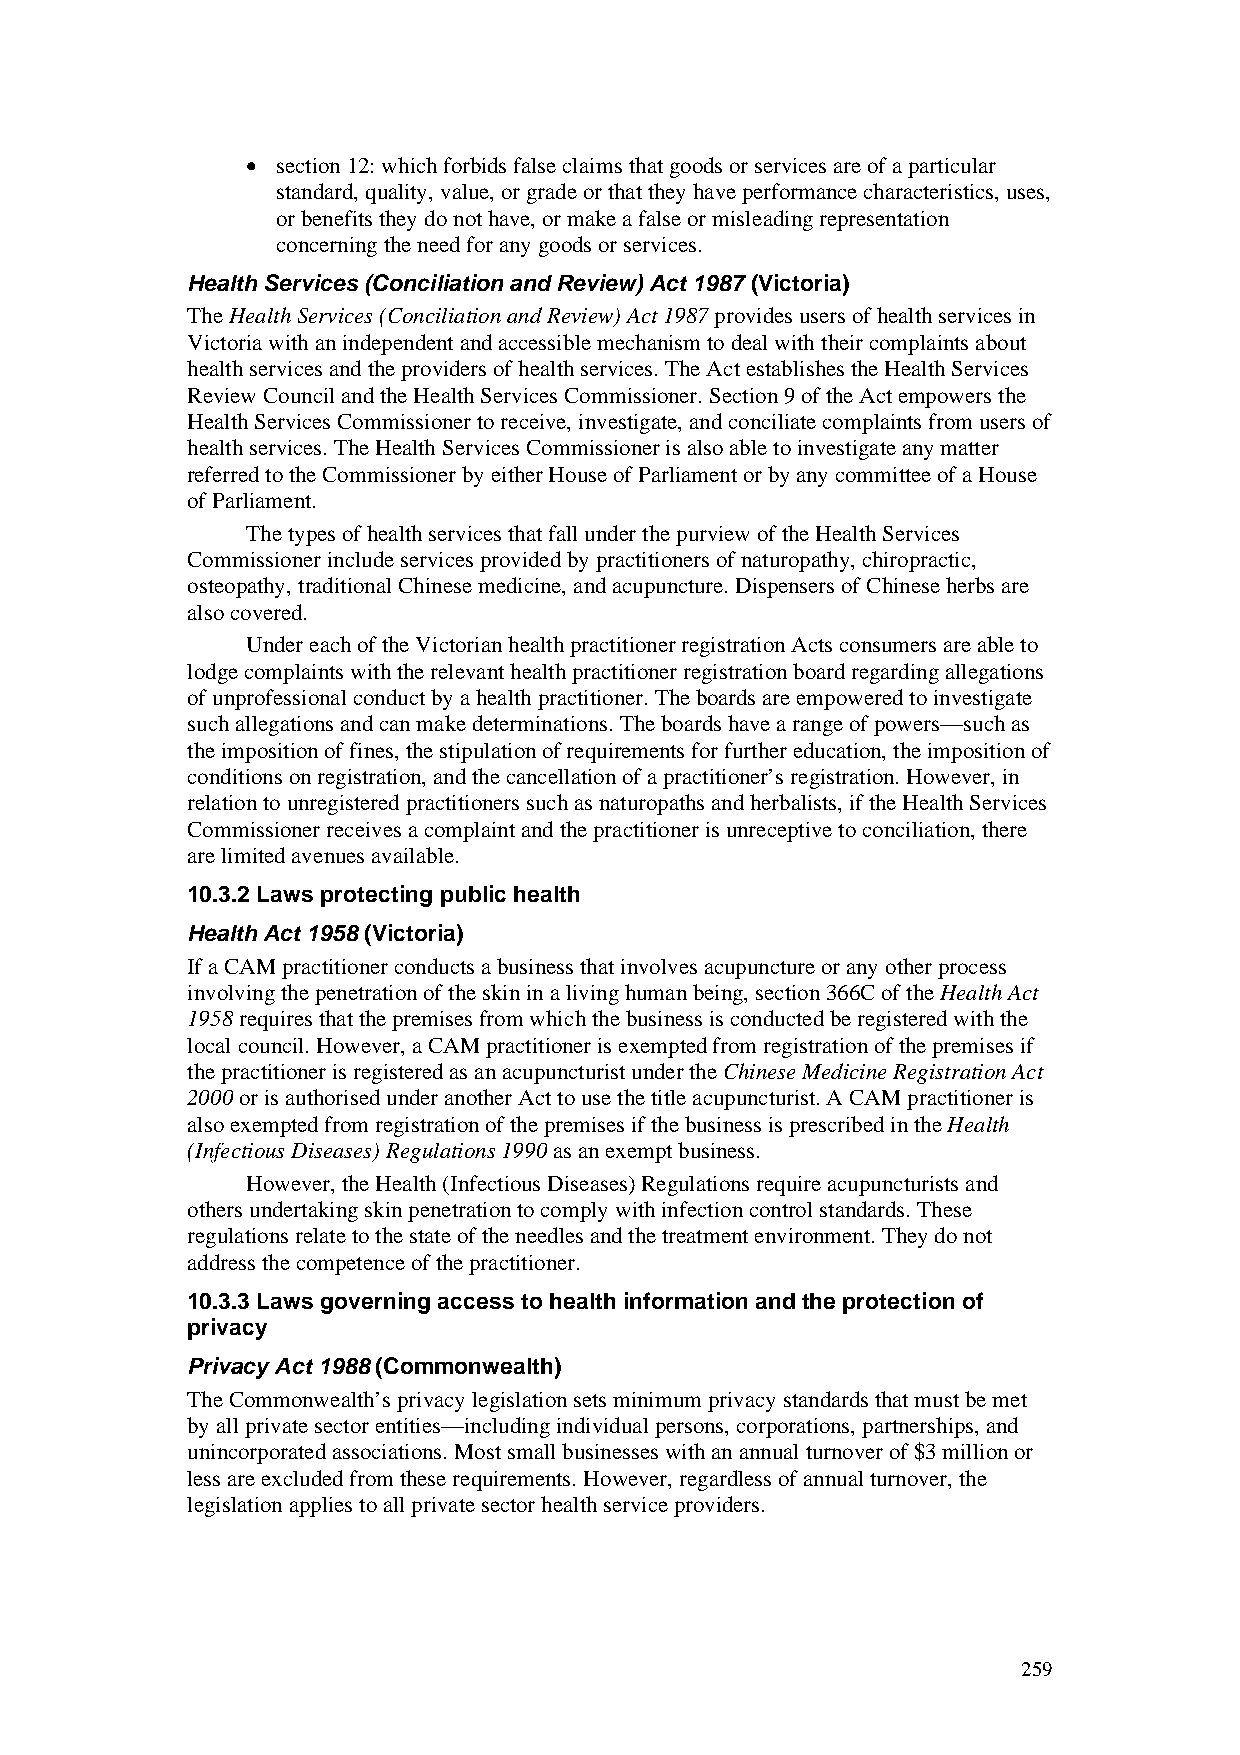
• section 12: which forbids false claims that goods or services are of a particular
 standard, quality, value, or grade or that they have performance characteristics, uses,
 or benefits they do not have, or make a false or misleading representation
 concerning the need for any goods or services.
 Health Services (Conciliation and Review) Act 1987 (Victoria)
 The Health Services (Conciliation and Review) Act 1987 provides users of health services in
 Victoria with an independent and accessible mechanism to deal with their complaints about
 health services and the providers of health services. The Act establishes the Health Services
 Review Council and the Health Services Commissioner. Section 9 of the Act empowers the
 Health Services Commissioner to receive, investigate, and conciliate complaints from users of
 health services. The Health Services Commissioner is also able to investigate any matter
 referred to the Commissioner by either House of Parliament or by any committee of a House
 of Parliament.
 The types of health services that fall under the purview of the Health Services
 Commissioner include services provided by practitioners of naturopathy, chiropractic,
 osteopathy, traditional Chinese medicine, and acupuncture. Dispensers of Chinese herbs are
 also covered.
 Under each of the Victorian health practitioner registration Acts consumers are able to
 lodge complaints with the relevant health practitioner registration board regarding allegations
 of unprofessional conduct by a health practitioner. The boards are empowered to investigate
 such allegations and can make determinations. The boards have a range of powers—such as
 the imposition of fines, the stipulation of requirements for further education, the imposition of
 conditions on registration, and the cancellation of a practitioner’s registration. However, in
 relation to unregistered practitioners such as naturopaths and herbalists, if the Health Services
 Commissioner receives a complaint and the practitioner is unreceptive to conciliation, there
 are limited avenues available.
 10.3.2 Laws protecting public health
 Health Act 1958 (Victoria)
 If a CAM practitioner conducts a business that involves acupuncture or any other process
 involving the penetration of the skin in a living human being, section 366C of the Health Act
 1958 requires that the premises from which the business is conducted be registered with the
 local council. However, a CAM practitioner is exempted from registration of the premises if
 the practitioner is registered as an acupuncturist under the Chinese Medicine Registration Act
 2000 or is authorised under another Act to use the title acupuncturist. A CAM practitioner is
 also exempted from registration of the premises if the business is prescribed in the Health
 (Infectious Diseases) Regulations 1990 as an exempt business.
 However, the Health (Infectious Diseases) Regulations require acupuncturists and
 others undertaking skin penetration to comply with infection control standards. These
 regulations relate to the state of the needles and the treatment environment. They do not
 address the competence of the practitioner.
 10.3.3 Laws governing access to health information and the protection of
 privacy
 Privacy Act 1988 (Commonwealth)
 The Commonwealth’s privacy legislation sets minimum privacy standards that must be met
 by all private sector entities—including individual persons, corporations, partnerships, and
 unincorporated associations. Most small businesses with an annual turnover of $3 million or
 less are excluded from these requirements. However, regardless of annual turnover, the
 legislation applies to all private sector health service providers.
 259